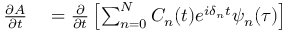
\begin{array} { r l } { \frac { \partial A } { \partial t } } & { { } = \frac { \partial } { \partial t } \left[ \sum _ { n = 0 } ^ { N } C _ { n } ( t ) e ^ { i \delta _ { n } t } { \psi } _ { n } ( \tau ) \right] } \end{array}